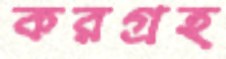
করগ্রহ